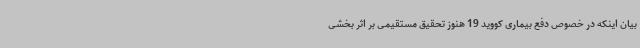
بیان اینکه در خصوص دفع بیماری کووید 19 هنوز تحقیق مستقیمی بر اثر بخشی